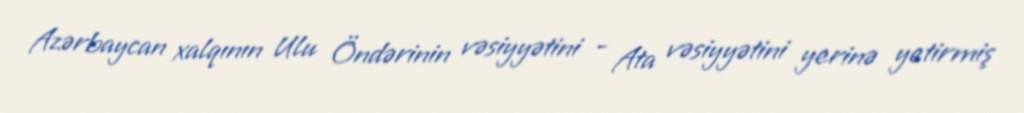
Azərbaycan xalqının Ulu Öndərinin vəsiyyətini - Ata vəsiyyətini yerinə yetirmiş